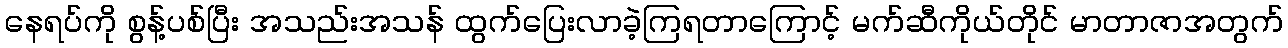
နေရပ်ကို စွန့်ပစ်ပြီး အသည်းအသန် ထွက်ပြေးလာခဲ့ကြရတာကြောင့် မက်ဆီကိုယ်တိုင် မာတာဇာအတွက်